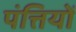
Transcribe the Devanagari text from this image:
पंत्तियों